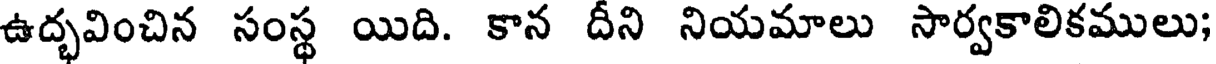
ఉద్భవించిన సంస్థ యిది. కాన దీని నియమాలు సార్వకాలికములు